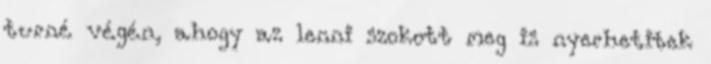
turné végén, ahogy az lenni szokott meg is nyerhetitek